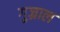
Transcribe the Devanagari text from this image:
गुज्राल